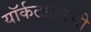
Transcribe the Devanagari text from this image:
यॉर्कटाउनची